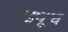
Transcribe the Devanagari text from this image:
ड्यूच